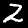
Label: 2